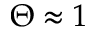
\Theta \approx 1